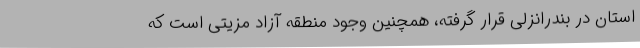
استان در بندرانزلی قرار گرفته، همچنین وجود منطقه آزاد مزیتی است که